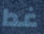
غدا